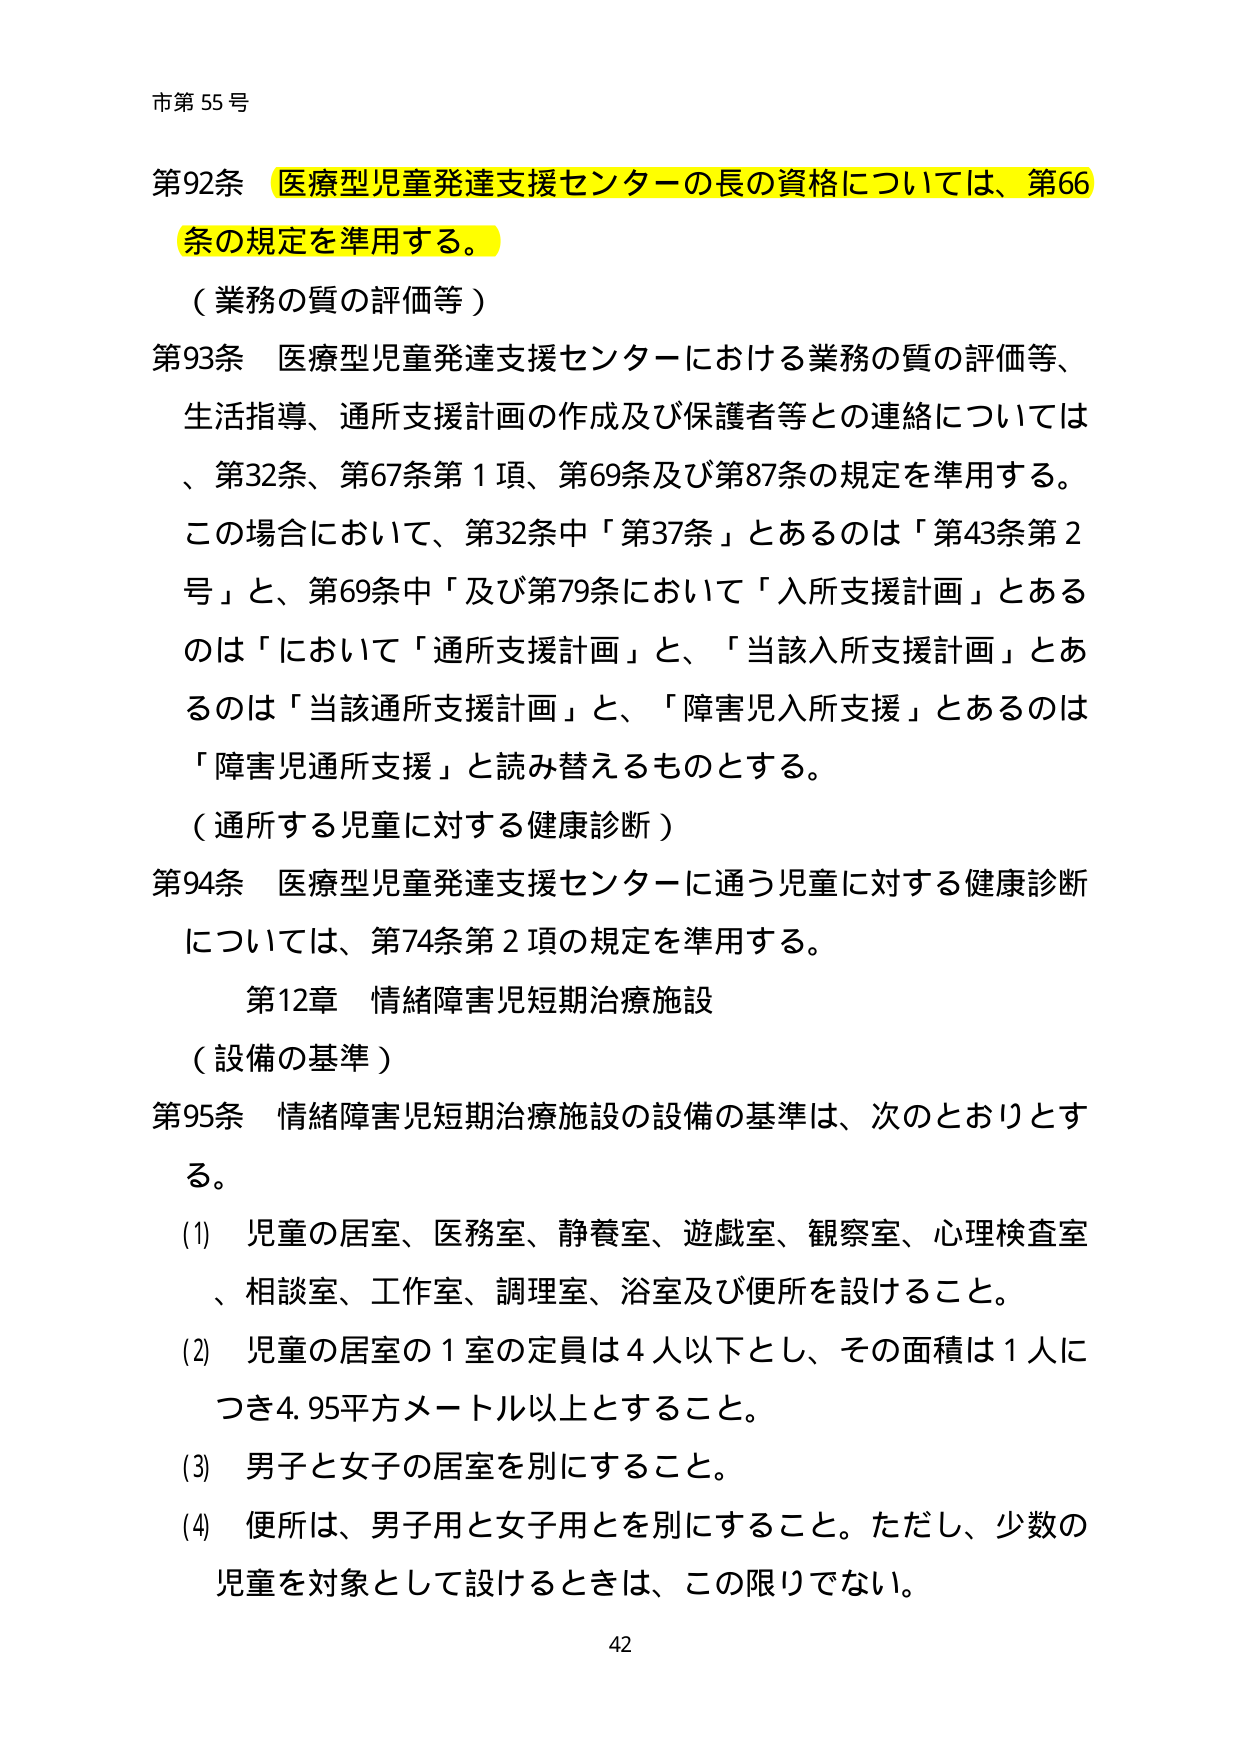
市第55号

第92条 医療型児童発達支援センターの長の資格については、第66条の規定を準用する。

（業務の質の評価等）

第93条 医療型児童発達支援センターにおける業務の質の評価等、生活指導、通所支援計画の作成及び保護者等との連絡については、第32条、第67条第1項、第69条及び第87条の規定を準用する。この場合において、第32条中「第37条」とあるのは「第43条第2号」と、第69条中「及び第79条において「入所支援計画」とあるのは「において「通所支援計画」と、「当該入所支援計画」とあるのは「当該通所支援計画」と、「障害児入所支援」とあるのは「障害児通所支援」と読み替えるものとする。

（通所する児童に対する健康診断）

第94条 医療型児童発達支援センターに通う児童に対する健康診断については、第74条第2項の規定を準用する。

第12章 情緒障害児短期治療施設

（設備の基準）

第95条 情緒障害児短期治療施設の設備の基準は、次のとおりとする。

(1) 児童の居室、医務室、静養室、遊戯室、観察室、心理検査室、相談室、工作室、調理室、浴室及び便所を設けること。

(2) 児童の居室の1室の定員は4人以下とし、その面積は1人につき4.95平方メートル以上とすること。

(3) 男子と女子の居室を別にすること。

(4) 便所は、男子用と女子用とを別にすること。ただし、少数の児童を対象として設けるときは、この限りでない。

42